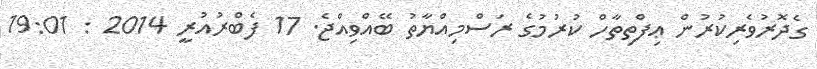
ގެދޮރުވެރިކުރުން ޢިފްތިތާހް ކުރުމުގެ ރަސްމިއްޔާތު ބޭއްވިއްޖެ. 17 ފެބްރުއުރީ 2014 : 19:01